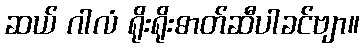
ဆယ် ဂါလံ ရိုးရိုးဓာတ်ဆီပါခင်ဗျာ။